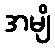
အမျိ